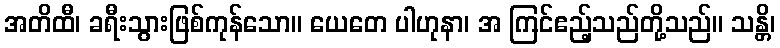
အတိထီ၊ ခရီးသွားဖြစ်ကုန်သော။ ယေတေ ပါဟုနာ၊ အ ကြင်ဧည့်သည်တို့သည်။ သန္တိ၊